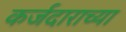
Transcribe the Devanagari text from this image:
कर्जदाराच्या